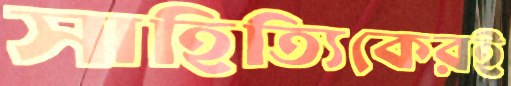
সাহিত্যিকেরই